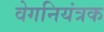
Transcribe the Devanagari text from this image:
वेगनियंत्रक